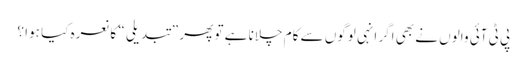
پی ٹی آئی والوں نے بھی اگر انہی لوگوں سے کام چلانا ہے تو پھر ”تبدیلی “ کا نعرہ کیا ہوا ؟